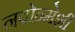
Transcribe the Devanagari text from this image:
नवोन्मेशी